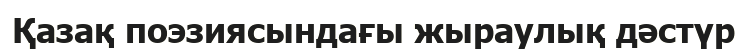
Қазақ поэзиясындағы жыраулық дәстүр